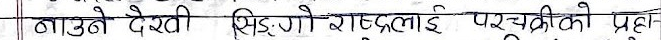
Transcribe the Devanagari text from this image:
आउने देखि सिङ्गै राष्ट्रलाई परचक्रिको प्रहा